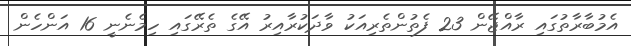
އެމުބާރާތުގައި ރާއްޖޭން 23 ފެތުންތެރިއަކު ވާދަކުރާއިރު އޭގެ ތެރޭގައި ހިމެނެނީ 16 އަންހެން